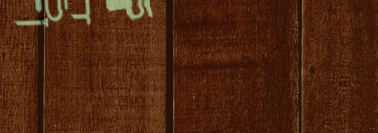
ورشة إصلاح الساعات: صيانة